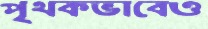
পৃথকভাবেও